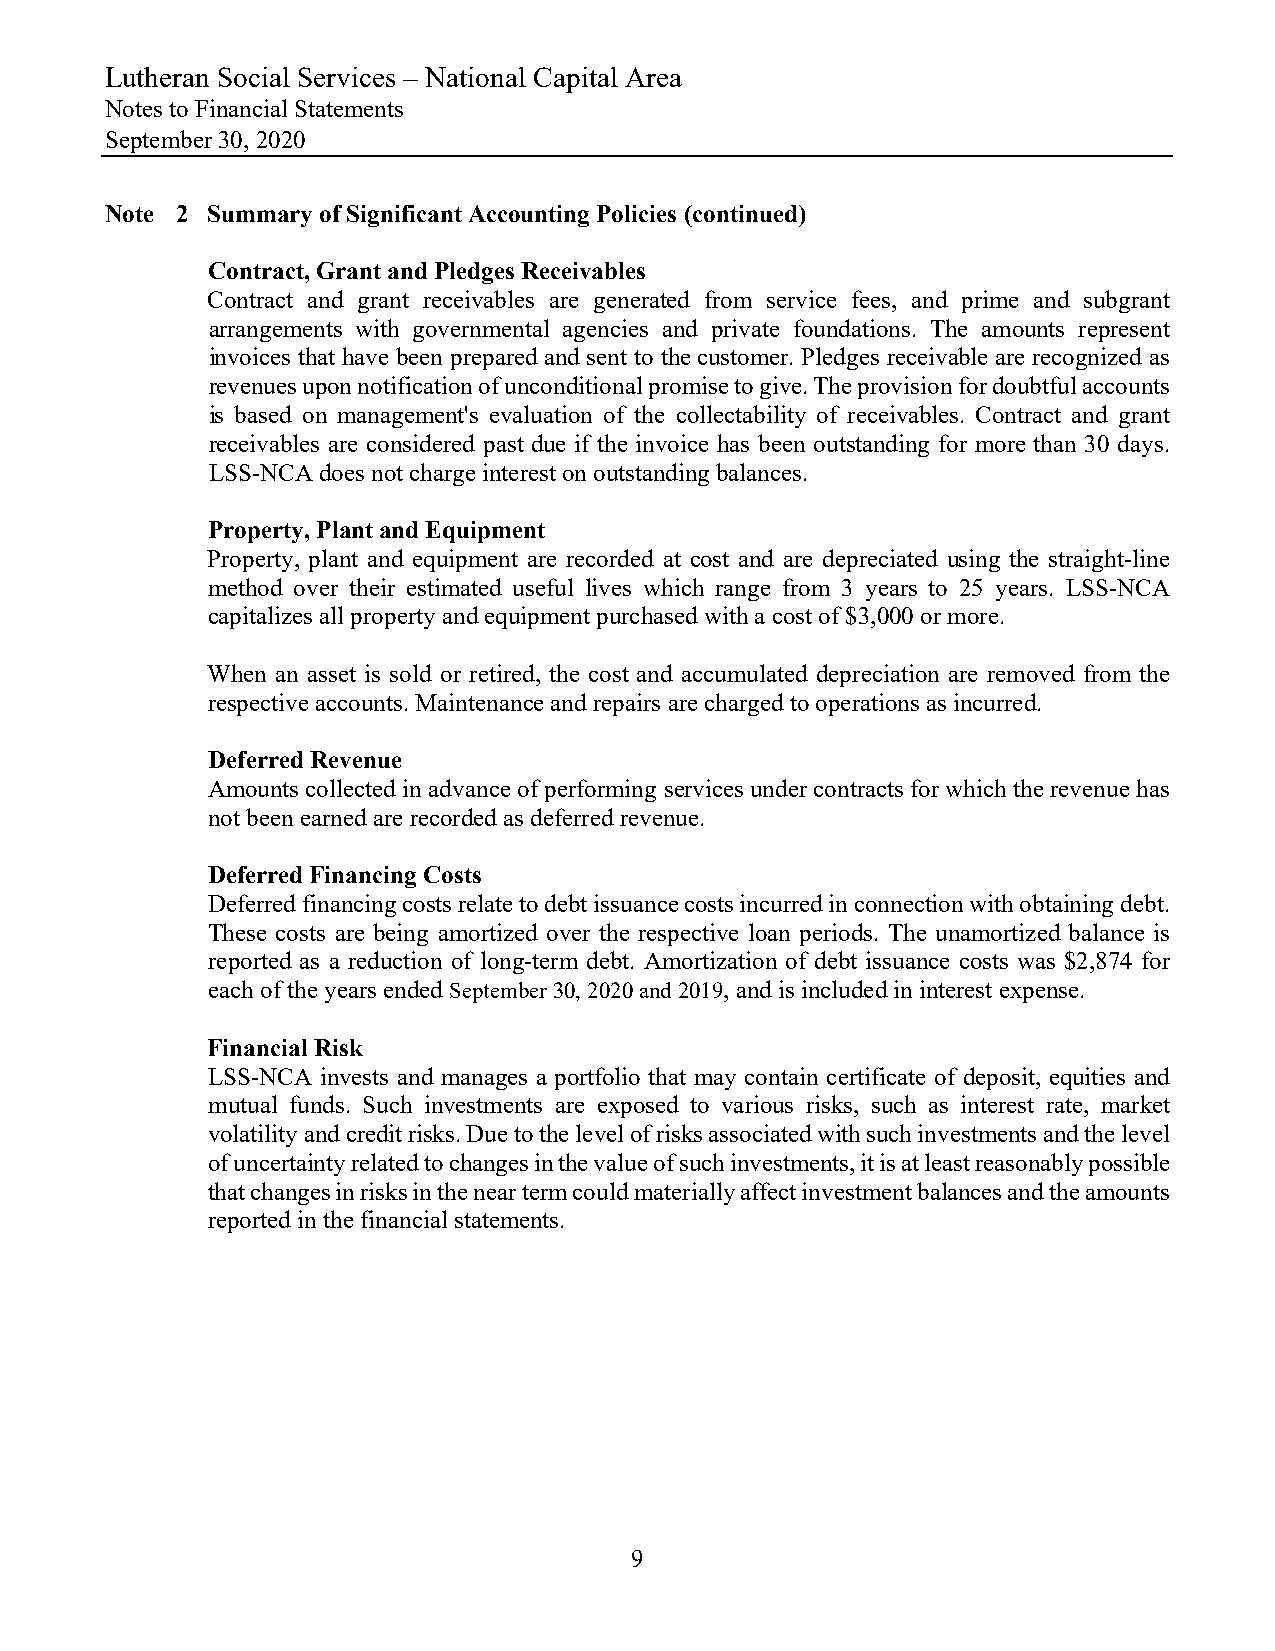
Lutheran Social Services – National Capital Area
 Notes to Financial Statements
 September 30, 2020
 Note 2 Summary of Significant Accounting Policies (continued)
 Contract, Grant and Pledges Receivables
 Contract and grant receivables are generated from service fees, and prime and subgrant
 arrangements with governmental agencies and private foundations. The amounts represent
 invoices that have been prepared and sent to the customer. Pledges receivable are recognized as
 revenues upon notification of unconditional promise to give. The provision for doubtful accounts
 is based on management's evaluation of the collectability of receivables. Contract and grant
 receivables are considered past due if the invoice has been outstanding for more than 30 days.
 LSS-NCA does not charge interest on outstanding balances.
 Property, Plant and Equipment
 Property, plant and equipment are recorded at cost and are depreciated using the straight-line
 method over their estimated useful lives which range from 3 years to 25 years. LSS-NCA
 capitalizes all property and equipment purchased with a cost of $3,000 or more.
 When an asset is sold or retired, the cost and accumulated depreciation are removed from the
 respective accounts. Maintenance and repairs are charged to operations as incurred.
 Deferred Revenue
 Amounts collected in advance of performing services under contracts for which the revenue has
 not been earned are recorded as deferred revenue.
 Deferred Financing Costs
 Deferred financing costs relate to debt issuance costs incurred in connection with obtaining debt.
 These costs are being amortized over the respective loan periods. The unamortized balance is
 reported as a reduction of long-term debt. Amortization of debt issuance costs was $2,874 for
 each of the years ended September 30, 2020 and 2019, and is included in interest expense.
 Financial Risk
 LSS-NCA invests and manages a portfolio that may contain certificate of deposit, equities and
 mutual funds. Such investments are exposed to various risks, such as interest rate, market
 volatility and credit risks. Due to the level of risks associated with such investments and the level
 of uncertainty related to changes in the value of such investments, it is at least reasonably possible
 that changes in risks in the near term could materially affect investment balances and the amounts
 reported in the financial statements.
 9